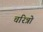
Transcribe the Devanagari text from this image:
चरित्रो